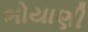
ભોયાણી